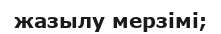
жазылу мерзімі;